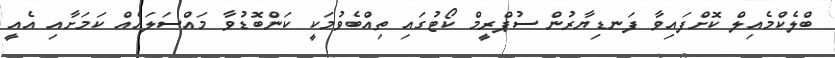
ބްލެކްމެއިލް ކޮށްފައިވާ ފަނޑިޔާރުން ސުޕްރީމް ކޯޓުގައި ތިއްބެވުމަކީ ކަންބޮޑުވާ މައްސަލައެއް ކަމަށާއި އެއީ